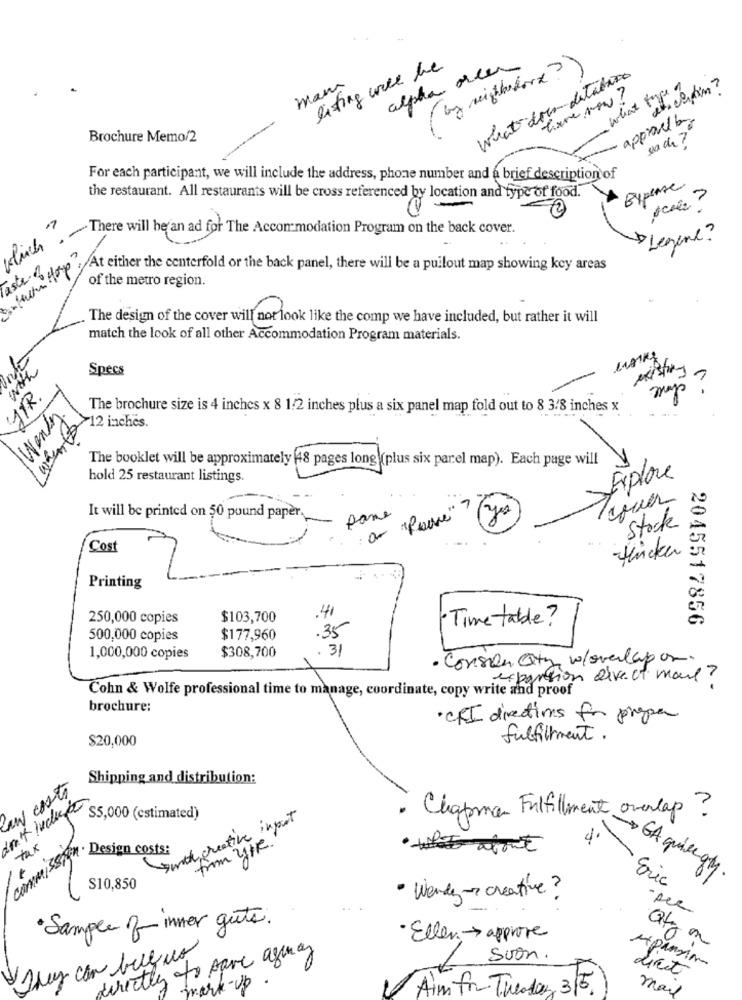
listing wice be
alpha over
by neighbors? )
what does detabaco
et cetin?
man
what type of
have now ?
approvo
Brochure Memo/2
For each participant, we will include the address, phone number and a brief description of
Bypense
the restaurant. All restaurants will be cross referenced by location and type of food.
72
-There will be an ad for The Accommodation Program on the back cover.
Legene?
Taste of
At either the centerfold or the back panel, there will be a pullout map showing key areas
of the metro region.
The design of the cover will not look like the comp we have included, but rather it will
match the look of all other Accommodation Program materials.
Und
Specs
may ?
you
STR.
Wendy.
The brochure size is 4 inches x 8 1/2 inches plus a six panel map fold out to 8 3/8 inches x
12 inches.
The booklet will be approximately 48 pages long (plus six parel map). Each page will
hold 25 restaurant listings.
Explore
It will be printed on 50 pound paper.
pane
Stock
Cost
-tücken
Printing
250,000 copies
$103,700
.41
· Time table?
2045517856
.35
500,000 copies
$177,960
$308,700
31
1,000,000 copies
· Conson city w/ovelapor
expansion direct mail?
Cohn & Wolfe professional time to manage, coordinate, copy write and proof
brochure:
· CRI directions for proper
$20,000
fulfillment.
Shipping and distribution:
low costs
S5,000 (estimated)
smith creative input
· Chapman Fulfillment overlap ?
tax
4.
commission. Design costs:
· what about
GA quieroty
Eric
S10,850
· Wendy- creative?
per
·Sample of inner gute.
· Eller -> approve
directly to save aguay
sjus con bell no
Suon.
-Up
Licit
mark
Aim for Tuesday, 3/5.
may